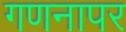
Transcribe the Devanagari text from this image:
गणनापर